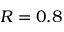
R = 0 . 8